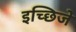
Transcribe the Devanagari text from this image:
इच्छिजे